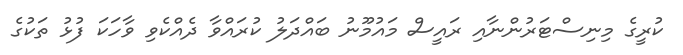
ކުރީގެ މިނިސްޓަރުންނާއި ރައީސް މައުމޫނު ބައްދަލު ކުރައްވާ ދެއްކެވި ވާހަކަ ފުޅު ތަކުގެ